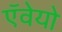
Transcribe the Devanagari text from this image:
ऍवेयो